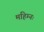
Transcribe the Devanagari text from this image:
महिम्नः